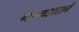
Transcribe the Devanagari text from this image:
गडगडाटाने